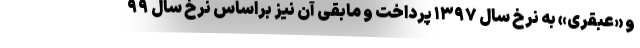
و «عبقری» به نرخ سال ۱۳۹۷ پرداخت و مابقی آن نیز براساس نرخ سال ۹۹